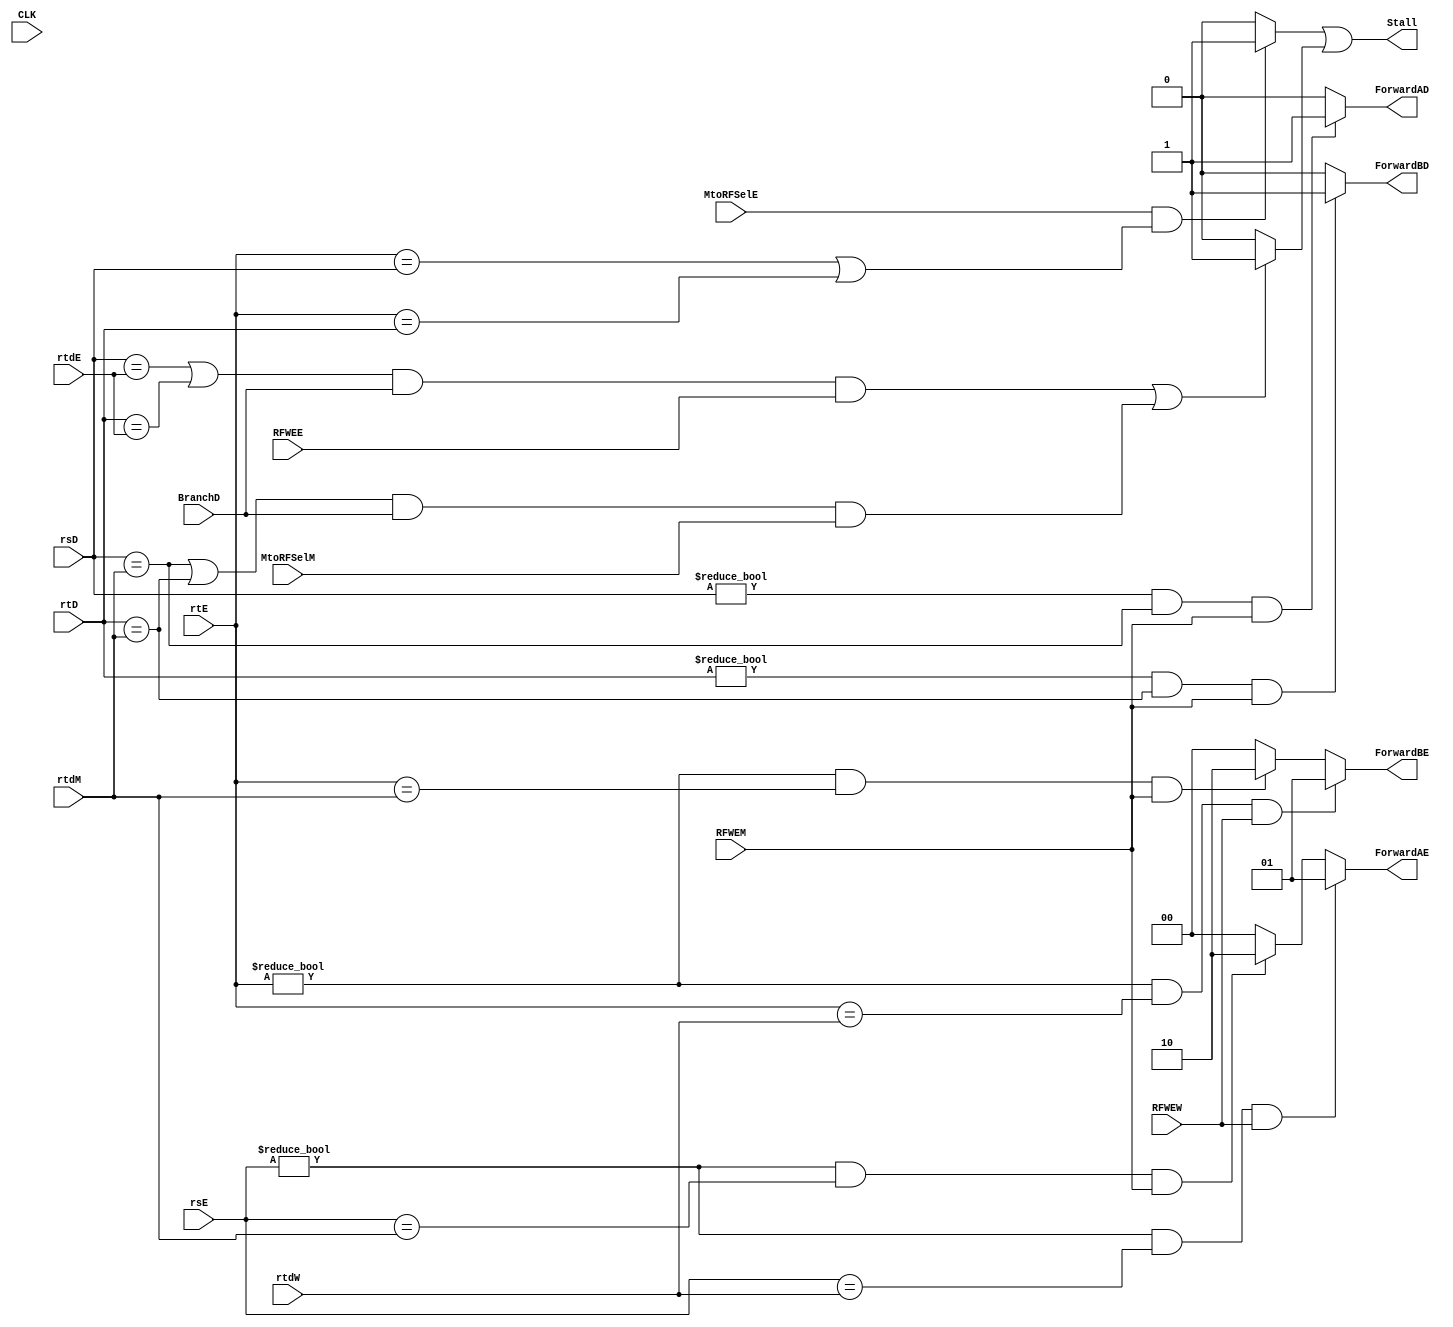
`timescale 1ns / 1ps
//////////////////////////////////////////////////////////////////////////////////
// Company: 
// Engineer: 
// 
// Design Name: 
// Module Name: HazardUnit
// Project Name: 
// Target Devices: 
// Tool Versions: 
// Description: 
// 
// Dependencies: 
// 
// Revision:
// Revision 0.01 - File Created
// Additional Comments:
// 
//////////////////////////////////////////////////////////////////////////////////


module HazardUnit(
    input CLK,
    input [4:0] rtD,
    input [4:0] rtE,
    input [4:0] rsD,
    input [4:0] rsE,
    input [4:0] rtdE,
    input [4:0] rtdM,
    input [4:0] rtdW,
    input BranchD,
    input MtoRFSelE,
    input MtoRFSelM,
    input RFWEE,
    input RFWEM,
    input RFWEW,
    output Stall,
    output reg ForwardAD,
    output reg ForwardBD,
    output reg [1:0] ForwardAE,
    output reg [1:0] ForwardBE
    );
    reg  LWStall = 0;
    reg  BRStall = 0;
    always@(*) begin
        if ((rsE!=5'b00000)&&(rsE==rtdW)&&RFWEW)
            ForwardAE <= 2'b01;
        else if((rsE!=5'b00000)&&(rsE==rtdM)&&RFWEM)
            ForwardAE <= 2'b10;
        
        else
            ForwardAE <= 2'b00;
    end
    
    always@(*) begin
        if ((rtE!=5'b00000)&&(rtE==rtdW)&&RFWEW)
            ForwardBE <= 2'b01;
        else if((rtE!=5'b00000)&&(rtE==rtdM)&&RFWEM)
            ForwardBE <= 2'b10;
        
        else
            ForwardBE <= 2'b00;
    end
    always@(*) begin
        if(((rsD == rtdE || rtD == rtdE) && BranchD && RFWEE) || ((rsD == rtdM || rtD == rtdM) && BranchD && MtoRFSelM))
            BRStall <= 1'b1;
        else
            BRStall <= 1'b0;
    end
    always@(*) begin
        if(MtoRFSelE && ((rtE == rsD) || (rtE == rtD)))
            LWStall <= 1'b1;
        else
            LWStall <= 1'b0;
    end
    always@(*) begin
        if((rsD != 0) && (rsD == rtdM) && RFWEM)
            ForwardAD <= 1'b1;
        else
            ForwardAD <= 1'b0;
    end
    always@(*) begin
        if((rtD != 0) && (rtD == rtdM) && RFWEM)
            ForwardBD <= 1'b1;
        else
            ForwardBD <= 1'b0;
    end
    assign Stall = LWStall || BRStall;
endmodule